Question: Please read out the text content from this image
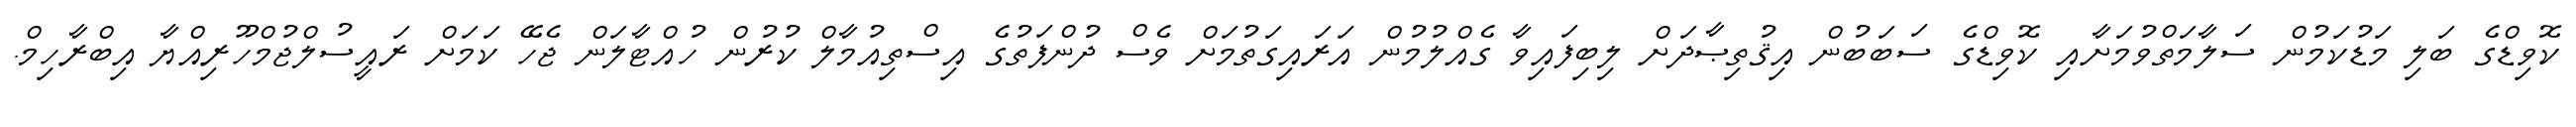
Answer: ކޮވިޑްގެ ބަލި މަޑުކަމުން ސަލާމަތްވުމަށާއި ކޮވިޑްގެ ސަބަބުން އިޤުތިޞާދަށް ލިބިފައިވާ ގެއްލުމުން އަރައިގަތުމަށް ވެސް ދުންފަތުގެ އިސްތިއުމާލް ކުރުން ހުއްޓާލަން ޖެހޭ ކަމަށް ރައީސުލްޖުމްހޫރިއްޔާ އިބްރާހިމް.